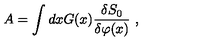
A = \int d x G ( x ) \frac { \delta S _ { 0 } } { \delta \varphi ( x ) } \ ,